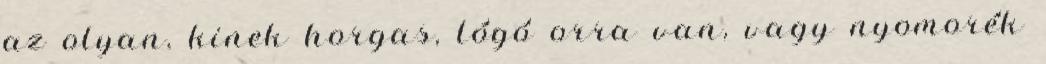
az olyan, kinek horgas, lógó orra van, vagy nyomorék